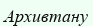
Архивтану